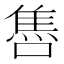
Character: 𨿞